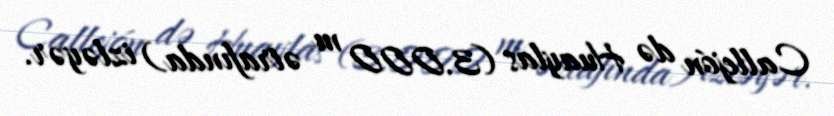
Callejón də Huaylas (3.000 m ətrafında) izləyər.